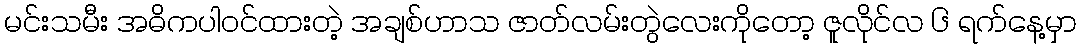
မင်းသမီး အဓိကပါဝင်ထားတဲ့ အချစ်ဟာသ ဇာတ်လမ်းတွဲလေးကိုတော့ ဇူလိုင်လ ၆ ရက်နေ့မှာ